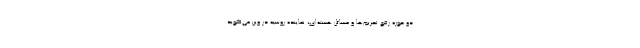
دو حوزه رفع تحریم‌ها و مسائل هسته‌ای، نماینده روسیه در وین می‌گوید